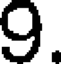
9.